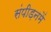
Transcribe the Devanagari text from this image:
संपीड़नमें